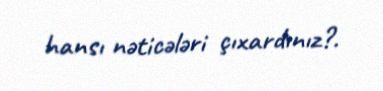
hansı nəticələri çıxardınız?.